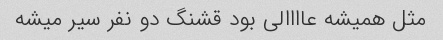
مثل همیشه عاااالی بود قشنگ دو نفر سیر میشه